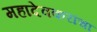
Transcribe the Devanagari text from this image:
महादेवकरांचा